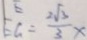
E G = \frac { 2 \sqrt { 3 } } { 3 } x